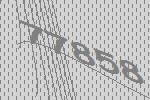
77858